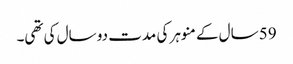
59 سال کے منوہر کی مدت دو سال کی تھی۔